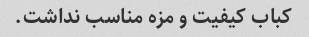
کباب کیفیت و مزه مناسب نداشت.